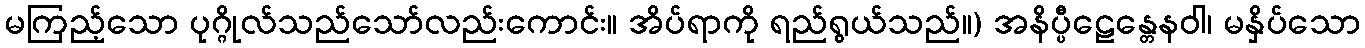
မကြည့်သော ပုဂ္ဂိုလ်သည်သော်လည်းကောင်း။ အိပ်ရာကို ရည်ရွယ်သည်။) အနိပ္ပီဠေန္တေနဝါ၊ မနှိပ်သော